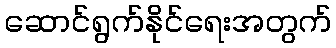
ဆောင်ရွက်နိုင်ရေးအတွက်